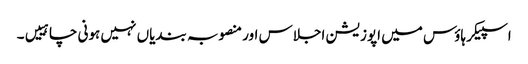
اسپیکر ہاؤس میں اپوزیشن اجلاس اور منصوبہ بندیاں نہیں ہونی چاہییں۔